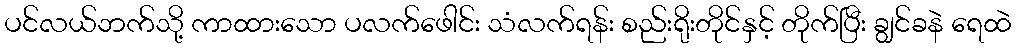
ပင်လယ်ဘက်သို့ ကာထားသော ပလက်ဖေါင်း သံလက်ရန်း စည်းရိုးတိုင်နှင့် တိုက်ပြီး ချွင်ခနဲ ရေထဲ